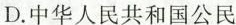
D.中华人民共和国公民